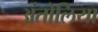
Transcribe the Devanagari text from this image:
अंतोलिया